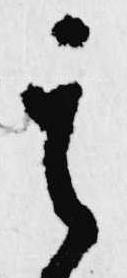
其